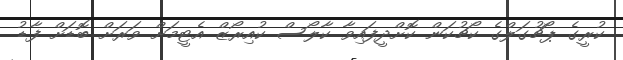
ކުރީގެ ޕޯޗުގަލްގެ ކޯޗުކަން ކޮށްދީފައިވާ ކާލޯސް ކުއިރޯޒް އެޓީމަށް ވަރަށް ބޮޑަށް ފާޑު